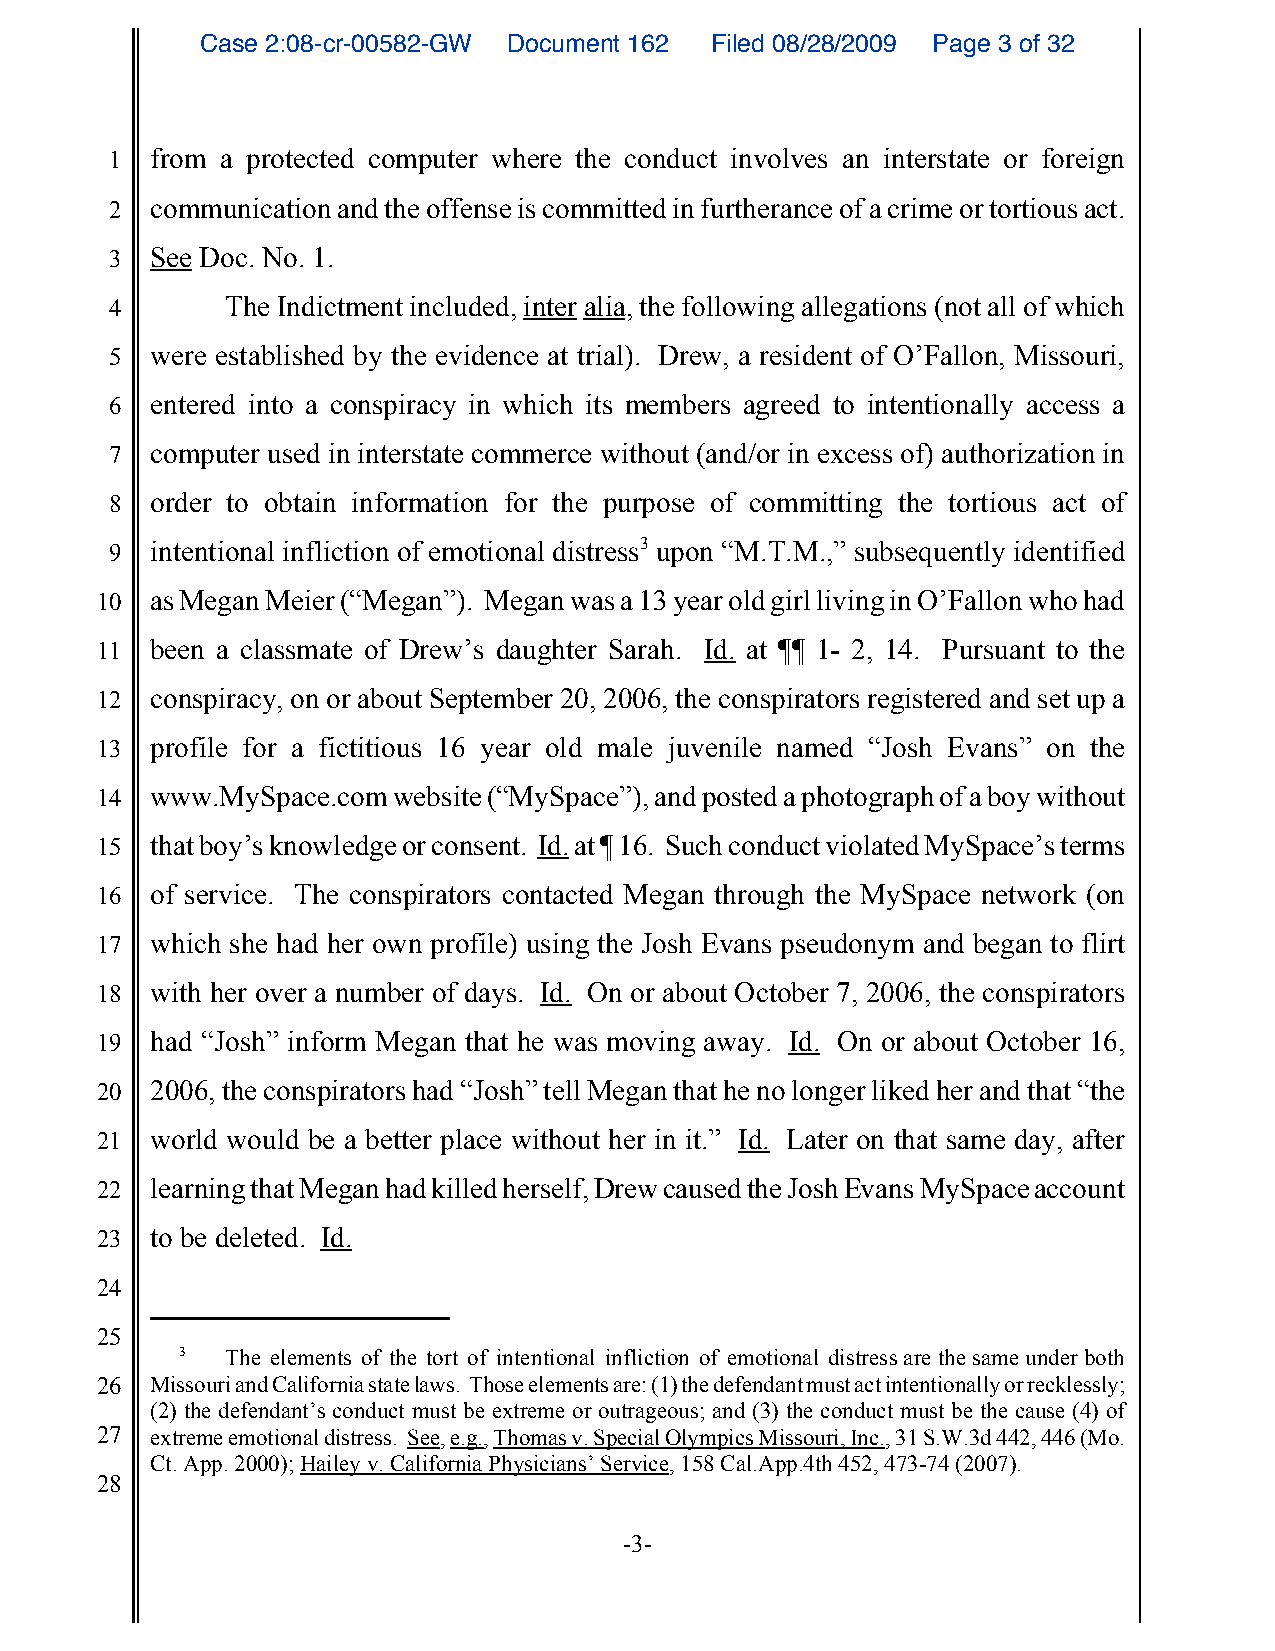
Case 2:08-cr-00582-GW Document 162 Filed 08/28/2009 Page 3 of 32
 1  from a protected computer where the conduct involves an interstate or foreign
 2  communication and the offense is committed in furtherance of a crime or tortious act.
 3  See Doc. No. 1.
 4       The Indictment included, inter alia, the following allegations (not all of which
 5  were established by the evidence at trial). Drew, a resident of O’Fallon, Missouri,
 6  entered into a conspiracy in which its members agreed to intentionally access a
 7  computer used in interstate commerce without (and/or in excess of) authorization in
 8  order to obtain information for the purpose of committing the tortious act of
 9  intentional infliction of emotional distress3 upon “M.T.M.,” subsequently identified
 10  as Megan Meier (“Megan”). Megan was a 13 year old girl living in O’Fallon who had
 11  been a classmate of Drew’s daughter Sarah. Id. at ¶¶ 1- 2, 14. Pursuant to the
 12  conspiracy, on or about September 20, 2006, the conspirators registered and set up a
 13  profile for a fictitious 16 year old male juvenile named “Josh Evans” on the
 14  www.MySpace.com website (“MySpace”), and posted a photograph of a boy without
 15  that boy’s knowledge or consent. Id. at ¶ 16. Such conduct violated MySpace’s terms
 16  of service. The conspirators contacted Megan through the MySpace network (on
 17  which she had her own profile) using the Josh Evans pseudonym and began to flirt
 18  with her over a number of days. Id. On or about October 7, 2006, the conspirators
 19  had “Josh” inform Megan that he was moving away. Id. On or about October 16,
 20  2006, the conspirators had “Josh” tell Megan that he no longer liked her and that “the
 21  world would be a better place without her in it.” Id. Later on that same day, after
 22  learning that Megan had killed herself, Drew caused the Josh Evans MySpace account
 23  to be deleted. Id.
 24
 25
 3  The elements of the tort of intentional infliction of emotional distress are the same under both
 26  Missouri and California state laws. Those elements are: (1) the defendant must act intentionally or recklessly;
 (2) the defendant’s conduct must be extreme or outrageous; and (3) the conduct must be the cause (4) of
 27  extreme emotional distress. See, e.g., Thomas v. Special Olympics Missouri, Inc., 31 S.W.3d 442, 446 (Mo.
 Ct. App. 2000); Hailey v. California Physicians’ Service, 158 Cal.App.4th 452, 473-74 (2007).
 28
 -3-